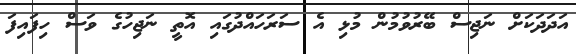
އަދަދަކަށް ނަޖިސް ބޭރުވުމުން މުޅި އެ ސަރަހައްދުގައި އޮތީ ނަޖިހުގެ ވަސް ހިފައިފަ